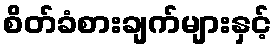
စိတ်ခံစားချက်များနှင့်